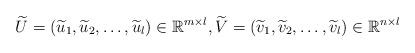
LaTeX: \begin{align*}\widetilde{U} = (\widetilde{u}_1, \widetilde{u}_2, \ldots,\widetilde{u}_l)\in \mathbb{R}^{m\times l},\widetilde{V} = (\widetilde{v}_1, \widetilde{v}_2,\ldots,\widetilde{v}_l)\in \mathbb{R}^{n\times l}\end{align*}